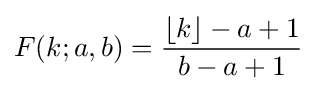
F(k;a,b)={\frac {\lfloor k\rfloor -a+1}{b-a+1}}